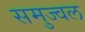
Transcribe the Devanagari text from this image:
समुज्वल